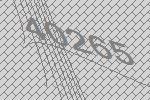
40265